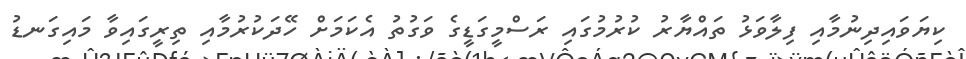
ކިޔަވައިދިނުމާއި ފިލާވަޅު ތައްޔާރު ކުރުމުގައި ރަސްމީގަޑީގެ ވަގުތު އެކަމަށް ހޭދަކުރުމާއި ތިރީގައިވާ މައިގަނޑު